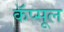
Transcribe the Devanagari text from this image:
कॅप्सूल